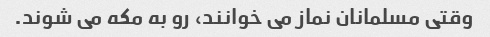
وقتی مسلمانان نماز می خوانند، رو به مکه می شوند.